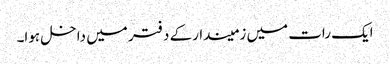
ایک رات میں زمیندارکے دفتر میں داخل ہوا۔